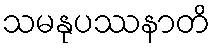
သမနုပဿနာတိ